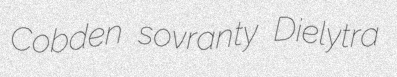
Cobden sovranty Dielytra